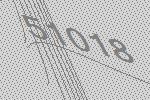
51018